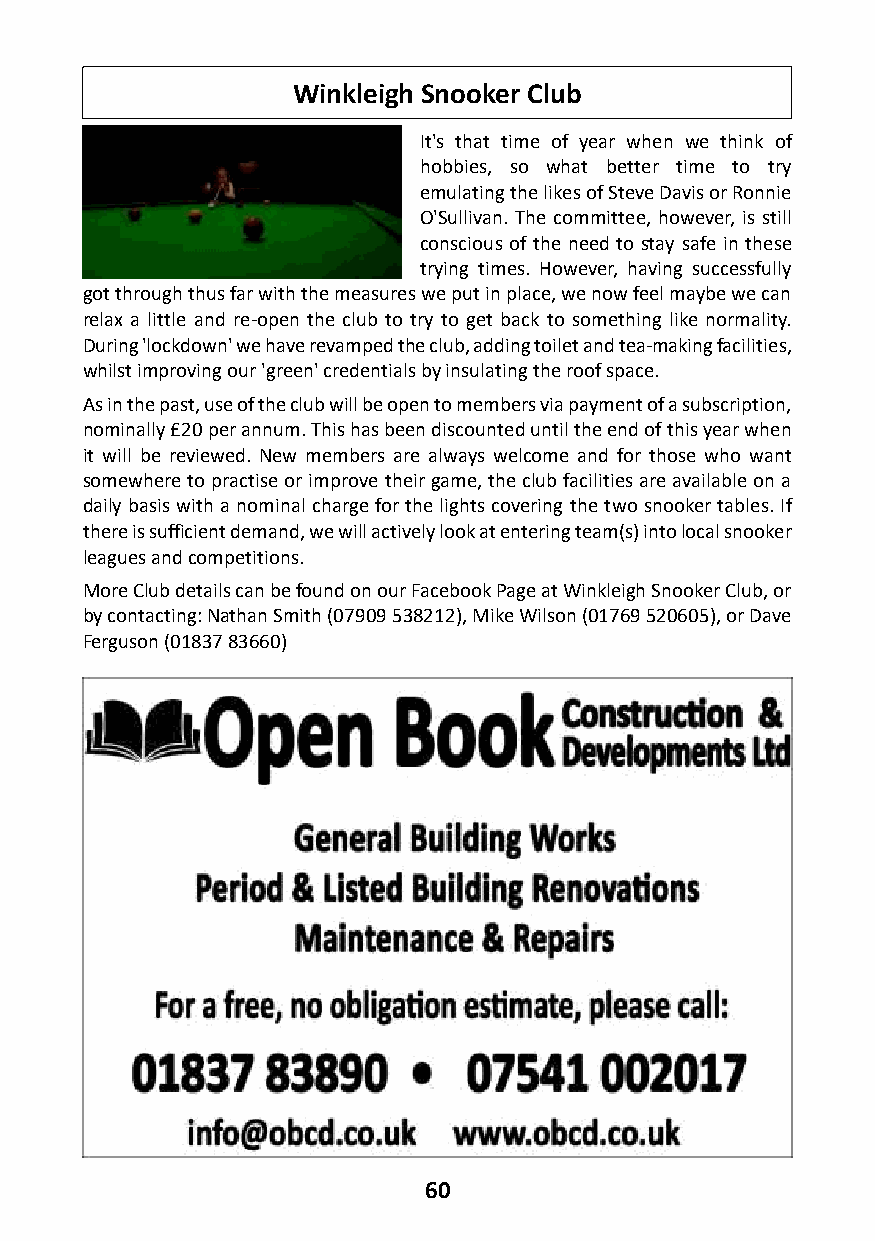
Winkleigh Snooker Club
 It's that time of year when we think of
 hobbies, so what better time to try
 emulating the likes of Steve Davis or Ronnie
 O'Sullivan. The committee, however, is still
 conscious of the need to stay safe in these
 trying times. However, having successfully
 got through thus far with the measures we put in place, we now feel maybe we can
 relax a little and re-open the club to try to get back to something like normality.
 During 'lockdown' we have revamped the club, adding toilet and tea-making facilities,
 whilst improving our 'green' credentials by insulating the roof space.
 As in the past, use of the club will be open to members via payment of a subscription,
 nominally £20 per annum. This has been discounted until the end of this year when
 it will be reviewed. New members are always welcome and for those who want
 somewhere to practise or improve their game, the club facilities are available on a
 daily basis with a nominal charge for the lights covering the two snooker tables. If
 there is sufficient demand, we will actively look at entering team(s) into local snooker
 leagues and competitions.
 More Club details can be found on our Facebook Page at Winkleigh Snooker Club, or
 by contacting: Nathan Smith (07909 538212), Mike Wilson (01769 520605), or Dave
 Ferguson (01837 83660)
 60